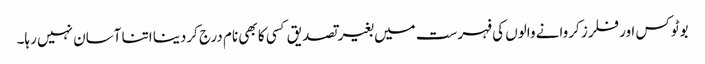
بوٹوکس اور فلرز کروانے والوں کی فہرست میں بغیر تصدیق کسی کا بھی نام درج کردینا اتنا آسان نہیں رہا۔